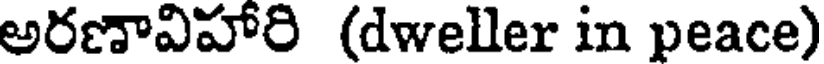
అరణావిహారి (dweller in peace)